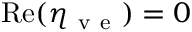
\mathrm { R e } ( \eta _ { \mathrm { ~ v ~ e ~ } } ) = 0